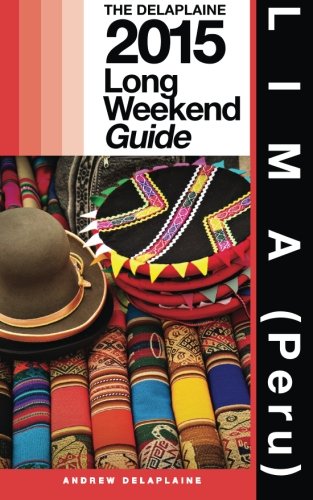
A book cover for LIMA (Peru) - The Delaplaine 2015 Long Weekend  Guide (Long Weekend Guides); Andrew Delaplaine; Travel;